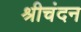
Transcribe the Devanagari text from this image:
श्रीचंदन